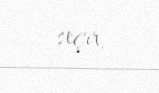
seçir.